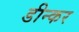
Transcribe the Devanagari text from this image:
डीन्कर